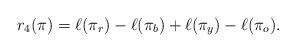
LaTeX: \begin{align*}r_4(\pi)=\ell(\pi_{r})-\ell(\pi_{b})+\ell(\pi_{y})-\ell(\pi_{o}).\end{align*}